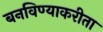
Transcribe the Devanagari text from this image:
बनविण्याकरीता